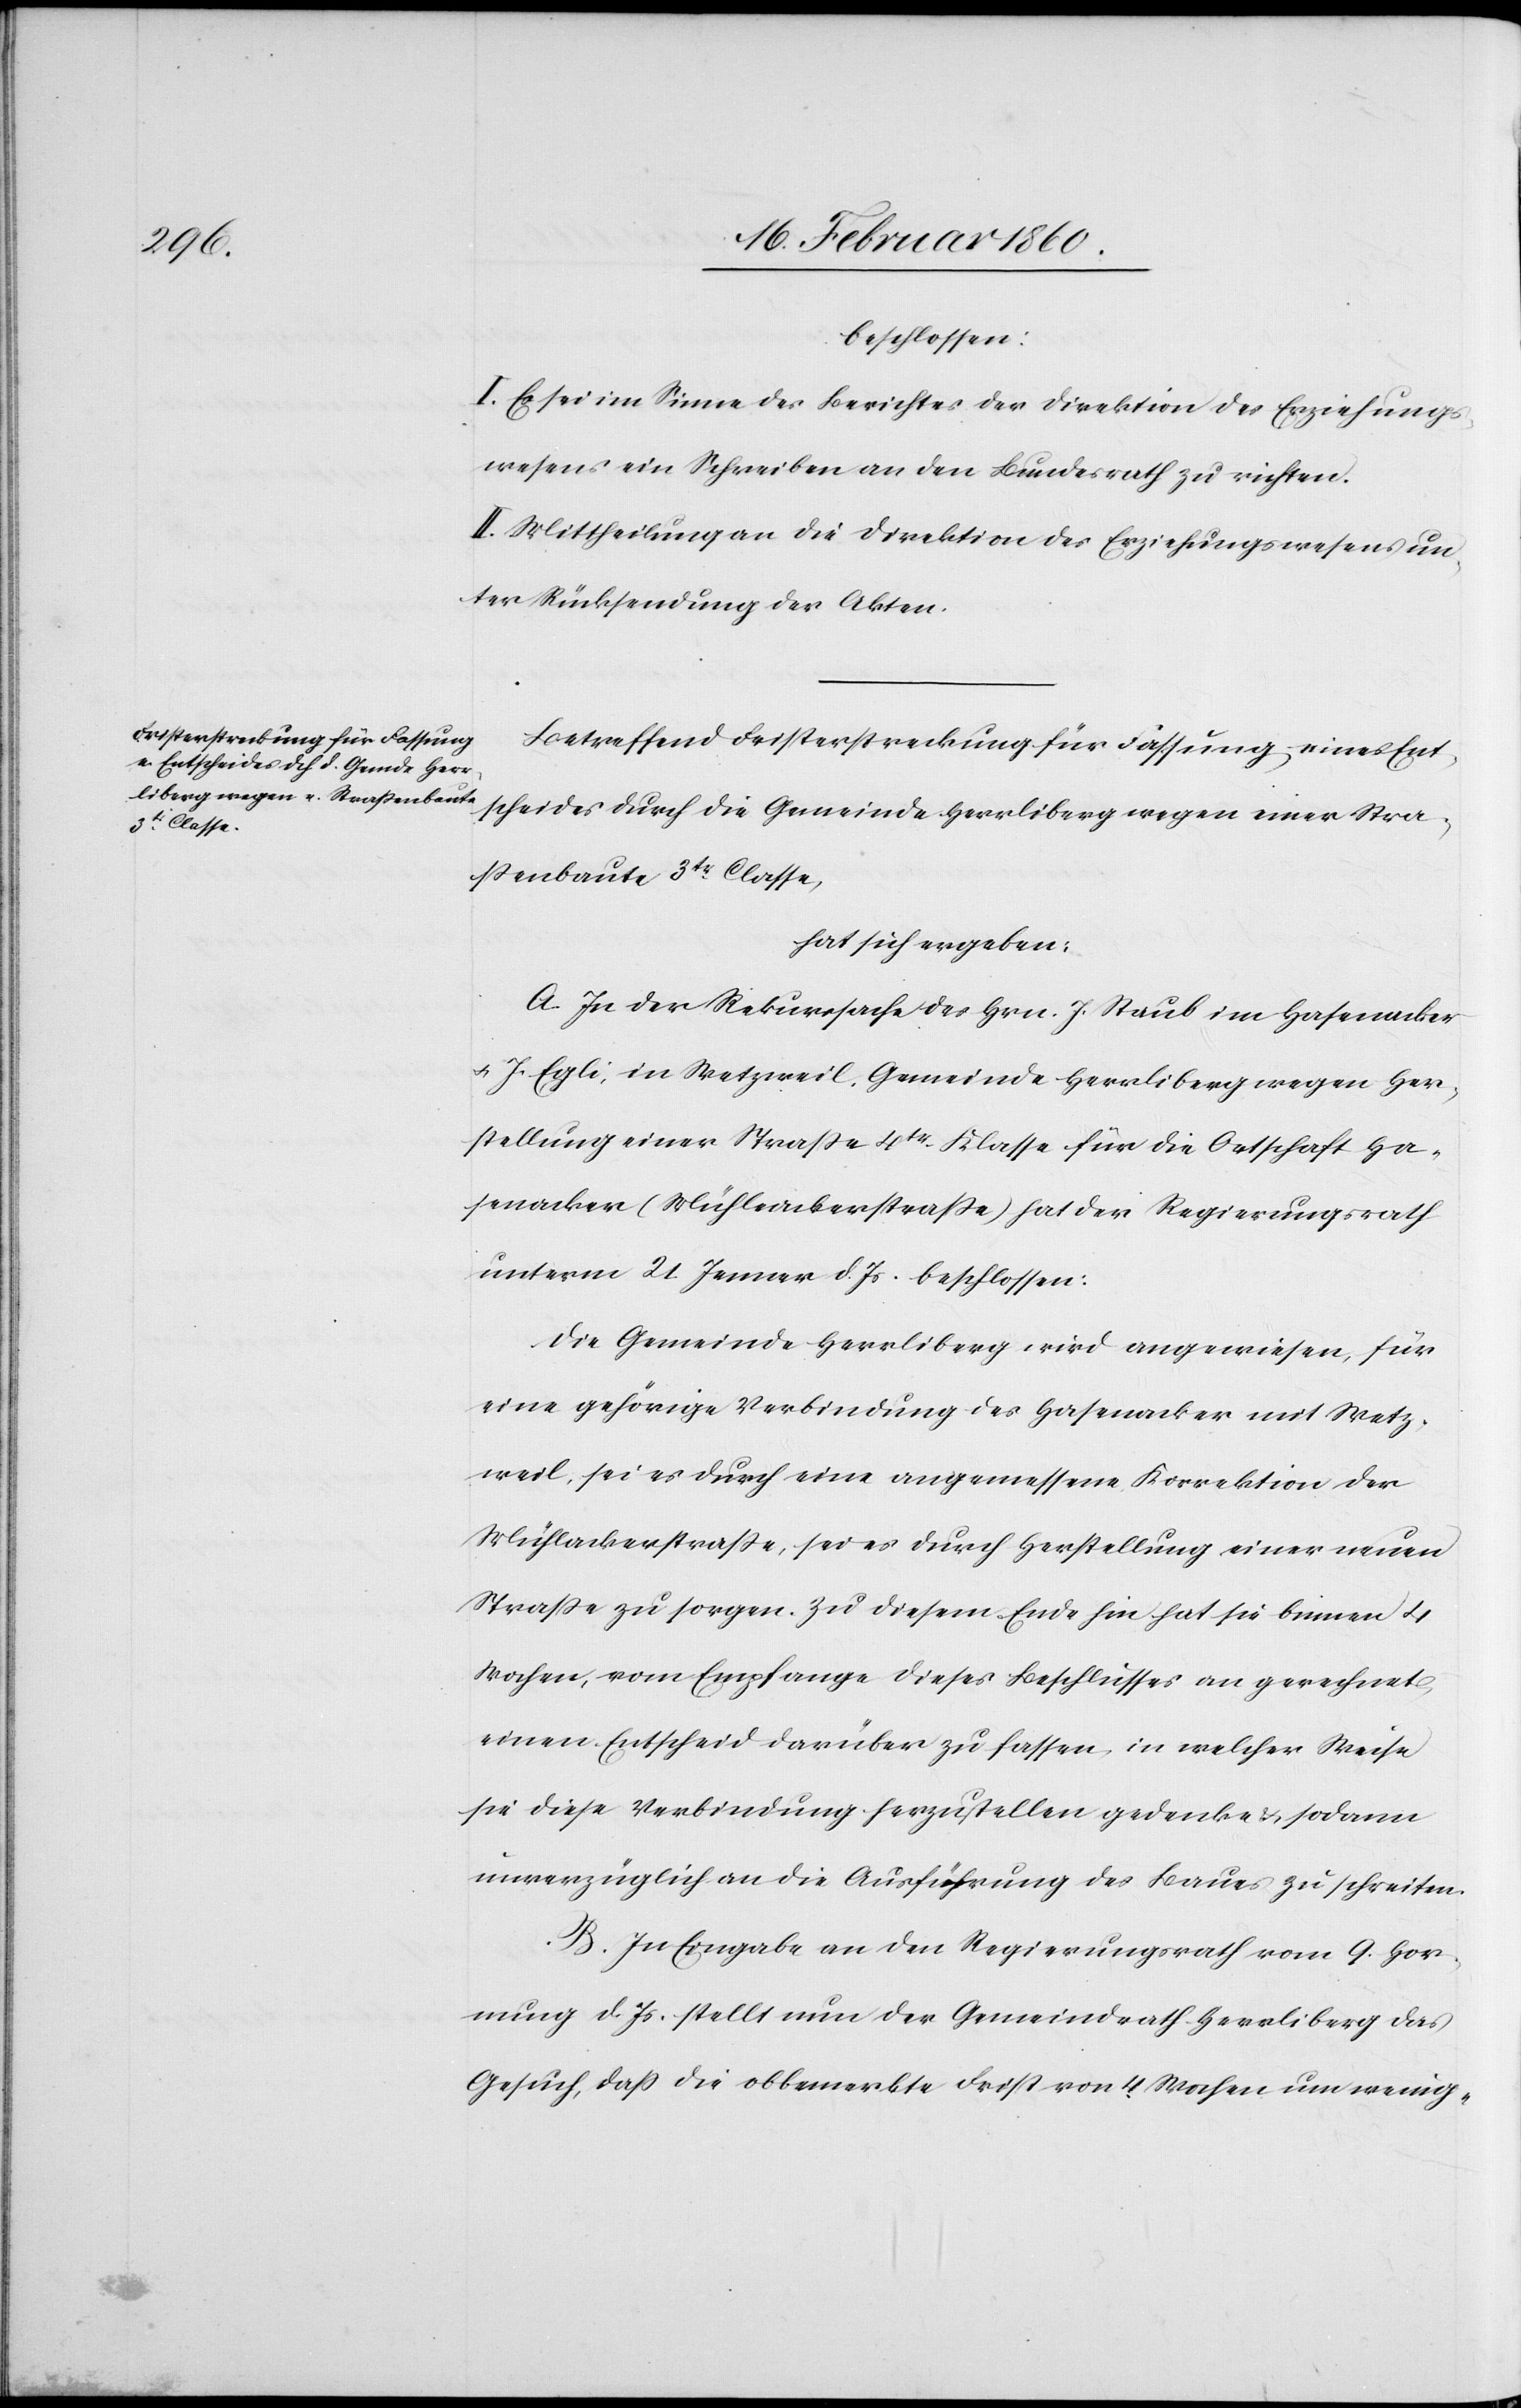
beschlossen:
I. Es sei im Sinne des Berichtes der Direktion des Erziehungs¬
wesens ein Schreiben an den Bundesrath zu richten.
II. Mittheilung an die Direktion des Erziehungswesens un¬
ter Rücksendung der Akten.
Betreffend Fristerstreckung für Fassung eines Ent¬
scheides durch die Gemeinde Herrliberg wegen einer Stra¬
ssenbaute 3tr Classe,
hat sich ergeben:
A. In der Rekurssache des Hrn. J. Staub im Hasenacker
u. J. Egli in Wetzweil, Gemeinde Herrliberg wegen Her¬
stellung einer Strasse 4tr Klasse für die Ortschaft Ha¬
senacker (Mühlenackerstrasse) hat der Regierungsrath
unterm 21. Jenner d. Js. beschlossen:
Die Gemeinde Herrliberg wird angewiesen, für
eine gehörige Verbindung des Hasenacker mit Wetz¬
weil, sei es durch eine angemessene Korrektion der
Mühlackerstrasse, sei es durch Herstellung einer neuen
Strasse zu sorgen. Zu diesem Ende hin hat sie binnen 4
Wochen, vom Empfange dieses Beschlusses an gerechnet,
einen Entscheid darüber zu fassen, in welcher Weise
sie diese Verbindung herzustellen gedenke u. sodann
unverzüglich an die Ausführung des Baues zu schreiten.
B. In Eingabe an den Regierungsrath vom 9. Hor¬
nung d. Js. stellt nun der Gemeindrath Herrliberg das
Gesuch, dass die obbemerkte Frist von 4 Wochen um wenig-